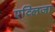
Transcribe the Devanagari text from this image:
एव्लिजा